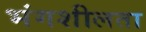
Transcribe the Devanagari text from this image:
भंगशीलता